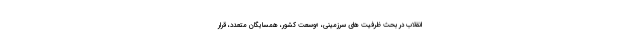
انقلاب در بحث ظرفیت های سرزمینی، «وسعت کشور، همسایگان متعدد، قرار